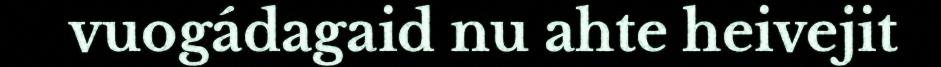
vuogádagaid nu ahte heivejit